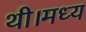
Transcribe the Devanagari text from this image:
थी।मध्य